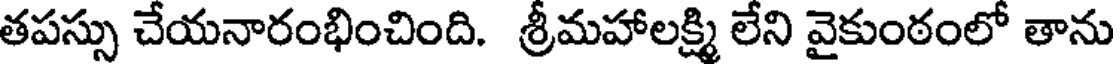
తపస్సు చేయనారంభించింది. శ్రీమహాలక్ష్మి లేని వైకుంఠంలో తాను